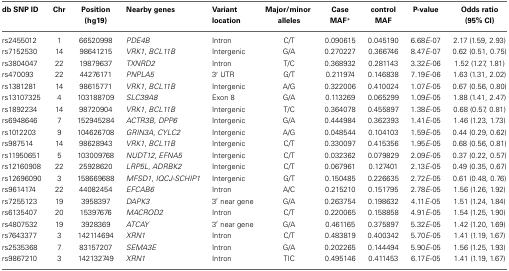
<table><thead><tr><td><b>db SNP ID</b></td><td><b>Chr</b></td><td><b>Position (hg19)</b></td><td><b>Nearby genes</b></td><td><b>Variant location</b></td><td><b>Major/minor alleles</b></td><td><b>Case MAF<sup>*</sup></b></td><td><b>control MAF</b></td><td><b>P-value</b></td><td><b>Odds ratio (95% CI)</b></td></tr></thead><tbody><tr><td>rs2455012</td><td>1</td><td>66520998</td><td><i>PDE4B</i></td><td>Intron</td><td>C/T</td><td>0.090615</td><td>0.045190</td><td>6.68<i>E</i>-07</td><td>2.17 (1.59, 2.93)</td></tr><tr><td>rs7152530</td><td>14</td><td>98641215</td><td><i>VRK1, BCL11B</i></td><td>Intergenic</td><td>G/A</td><td>0.270227</td><td>0.366746</td><td>8.47<i>E</i>-07</td><td>0.62 (0.51, 0.75)</td></tr><tr><td>rs3804047</td><td>22</td><td>19879637</td><td><i>TXNRD2</i></td><td>Intron</td><td>T/C</td><td>0.368932</td><td>0.281143</td><td>3.32<i>E</i>-06</td><td>1.52 (1.27, 1.81)</td></tr><tr><td>rs470093</td><td>22</td><td>44276171</td><td><i>PNPLA5</i></td><td>3&#x27; UTR</td><td>G/T</td><td>0.211974</td><td>0.146838</td><td>7.19<i>E</i>-06</td><td>1.63 (1.31, 2.02)</td></tr><tr><td>rs1381281</td><td>14</td><td>98615771</td><td><i>VRK1, BCL11B</i></td><td>Intergenic</td><td>A/G</td><td>0.322006</td><td>0.410024</td><td>1.07<i>E</i>-05</td><td>0.67 (0.56, 0.80)</td></tr><tr><td>rs13107325</td><td>4</td><td>103188709</td><td><i>SLC39A8</i></td><td>Exon 8</td><td>G/A</td><td>0.113269</td><td>0.065299</td><td>1.09<i>E</i>-05</td><td>1.88 (1.41, 2.47)</td></tr><tr><td>rs1892234</td><td>14</td><td>98720904</td><td><i>VRK1, BCL11B</i></td><td>Intergenic</td><td>T/C</td><td>0.364078</td><td>0.455897</td><td>1.38<i>E</i>-05</td><td>0.68 (0.57, 0.81)</td></tr><tr><td>rs6948646</td><td>7</td><td>152945284</td><td><i>ACTR3B, DPP6</i></td><td>Intergenic</td><td>G/A</td><td>0.444984</td><td>0.362393</td><td>1.41<i>E</i>-05</td><td>1.46 (1.23, 1.73)</td></tr><tr><td>rs1012203</td><td>9</td><td>104626708</td><td><i>GRIN3A, CYLC2</i></td><td>Intergenic</td><td>A/G</td><td>0.048544</td><td>0.104103</td><td>1.59<i>E</i>-05</td><td>0.44 (0.29, 0.62)</td></tr><tr><td>rs987514</td><td>14</td><td>98628943</td><td><i>VRK1, BCL11B</i></td><td>Intergenic</td><td>C/T</td><td>0.330097</td><td>0.415356</td><td>1.95<i>E</i>-05</td><td>0.68 (0.56, 0.81)</td></tr><tr><td>rs11950651</td><td>5</td><td>103009768</td><td><i>NUDT12, EFNA5</i></td><td>Intergenic</td><td>C/T</td><td>0.032362</td><td>0.079829</td><td>2.09<i>E</i>-05</td><td>0.37 (0.22, 0.57)</td></tr><tr><td>rs12160908</td><td>22</td><td>25928620</td><td><i>LRP5L, ADRBK2</i></td><td>Intergenic</td><td>C/T</td><td>0.067961</td><td>0.127401</td><td>2.13<i>E</i>-05</td><td>0.49 (0.35, 0.67)</td></tr><tr><td>rs12696090</td><td>3</td><td>158669688</td><td><i>MFSD1, IQCJ-SCHIP1</i></td><td>Intergenic</td><td>G/T</td><td>0.150485</td><td>0.226635</td><td>2.72<i>E</i>-05</td><td>0.61 (0.48, 0.76)</td></tr><tr><td>rs9614174</td><td>22</td><td>44082454</td><td><i>EFCAB6</i></td><td>Intron</td><td>A/C</td><td>0.215210</td><td>0.151795</td><td>2.78<i>E</i>-05</td><td>1.56 (1.26, 1.92)</td></tr><tr><td>rs7255123</td><td>19</td><td>3958397</td><td><i>DAPK3</i></td><td>3&#x27; near gene</td><td>G/A</td><td>0.263754</td><td>0.198632</td><td>4.11<i>E</i>-05</td><td>1.51 (1.24, 1.84)</td></tr><tr><td>rs6135407</td><td>20</td><td>15397676</td><td><i>MACROD2</i></td><td>Intron</td><td>C/T</td><td>0.220065</td><td>0.158858</td><td>4.91<i>E</i>-05</td><td>1.54 (1.25, 1.90)</td></tr><tr><td>rs4807532</td><td>19</td><td>3928369</td><td><i>ATCAY</i></td><td>3&#x27; near gene</td><td>G/A</td><td>0.461165</td><td>0.375897</td><td>5.32<i>E</i>-05</td><td>1.42 (1.20, 1.69)</td></tr><tr><td>rs7643377</td><td>3</td><td>142114694</td><td><i>XRN1</i></td><td>Intron</td><td>C/T</td><td>0.483819</td><td>0.400342</td><td>5.70<i>E</i>-05</td><td>1.41 (1.19, 1.67)</td></tr><tr><td>rs2535368</td><td>7</td><td>83157207</td><td><i>SEMA3E</i></td><td>Intron</td><td>G/A</td><td>0.202265</td><td>0.144494</td><td>5.90<i>E</i>-05</td><td>1.56 (1.25, 1.93)</td></tr><tr><td>rs9867210</td><td>3</td><td>142132749</td><td><i>XRN1</i></td><td>Intron</td><td>TIC</td><td>0.495146</td><td>0.411453</td><td>6.17<i>E</i>-05</td><td>1.41 (1.19, 1.67)</td></tr></tbody></table>